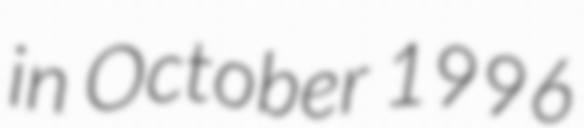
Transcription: in October 1996